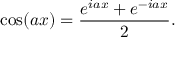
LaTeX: \cos ( a x ) = { \frac { e ^ { i a x } + e ^ { - i a x } } { 2 } } .